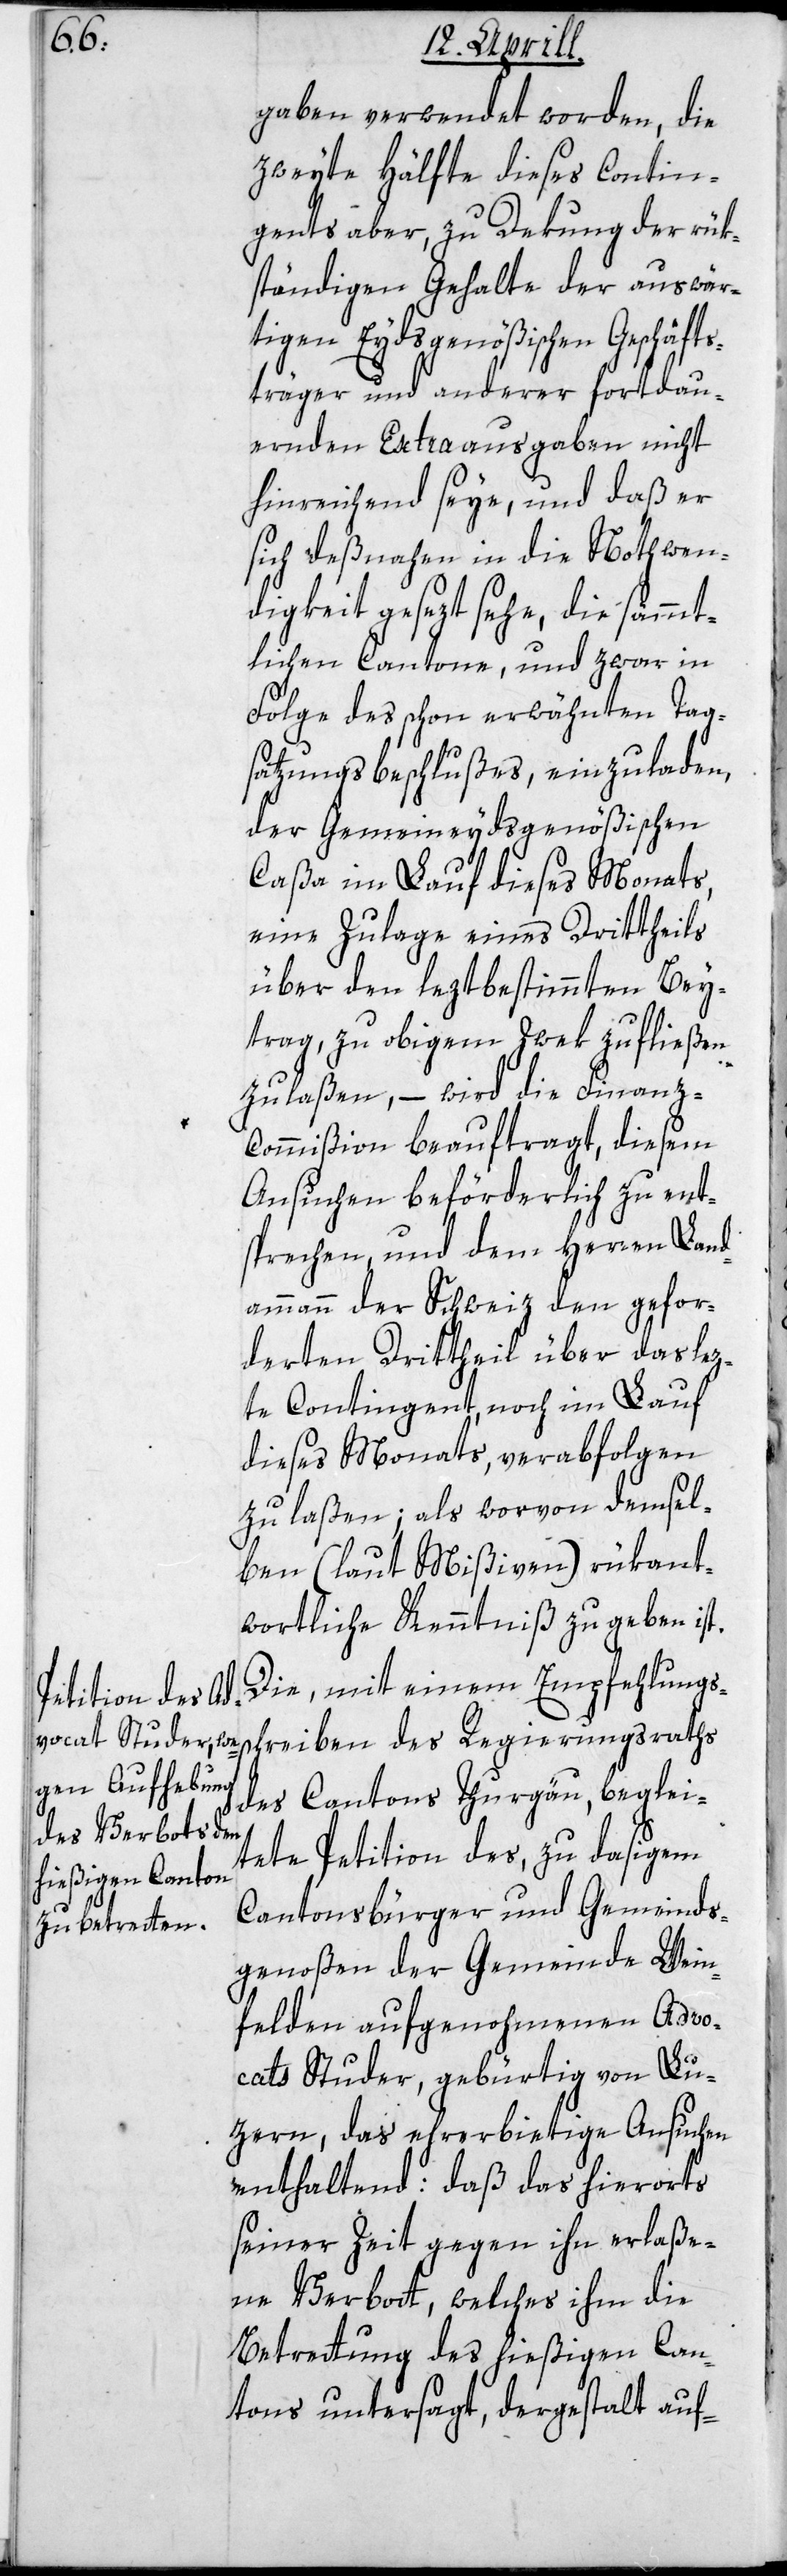
gaben verwendet worden, die
zweyte Hälfte dieses Contin¬
gents aber, zu Dekung der rük¬
ständigen Gehalte der auswär¬
tigen Eydsgenößischen Geschäfts¬
träger und anderer fortdau¬
ernden Extraausgaben nicht
hinreichend seye, und daß er
sich deßnahen in die Nothwen¬
digkeit gesezt sehe, die sämmt¬
lichen Cantone, und zwar in
Folge des schon erwähnten Tag¬
satzungsbeschlußes, einzuladen,
der Gemeineydsgenößischen
Caßa im Lauf dieses Monats,
eine Zulage eines Drittheils
über den leztbestimmten Bey¬
trag, zu obigem Zwek zufließen
zu laßen, – wird die Finanz-C¬
ommißion beauftragt, diesem
Ansuchen beförderlich zu ent¬
sprechen, und dem Herren Land¬
ammann der Schweiz den gefor¬
derten Drittheil über das lez¬
te Contingent, noch im Lauf
dieses Monats, verabfolgen
zu laßen; als worvon demsel¬
ben (laut Mißiven) rükant¬
wortliche Kenntniß zu geben ist.
Die, mit einem Empfehlungs¬
schreiben des Regierungsraths
des Cantons Thurgau beglei¬
tete Petition des, zu dasigem
Cantonsbürger und Gemeinds¬
genoßen der Gemeinde Wein¬
felden aufgenohmenen Advo¬
cats Studer, gebürtig von Lu¬
zern, das ehrerbietige Ansuchen
enthaltend: daß das hierorts
seiner Zeit gegen ihn erlaße¬
ne Verbott, welches ihm die
Betrettung des hießigen Can¬
tons untersagt, dergestalt auf-